Medical and sanitary report of the native army of Bengal for the year
Year: 1874
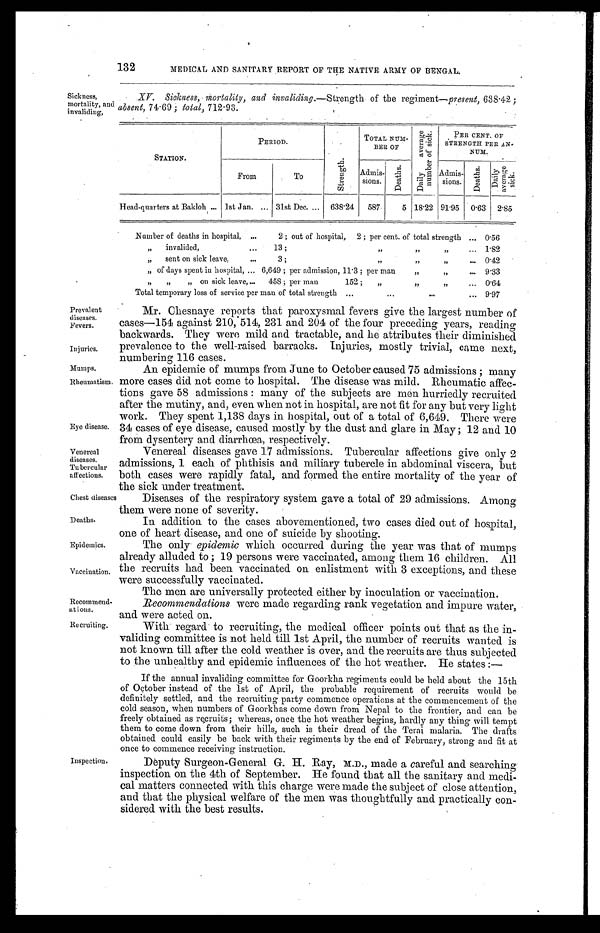
Prevalent
diseases.
Fevers.
Injuries.
Mumps.
Rheumatism.
Chest diseases
Deaths.
Epidemics.
Vaccination.
Recommend-
ations.
132
MEDICAL AND SANITARY REPORT OF THE NATIVE ARMY OF BENGAL.
Sickness,
mortality, and
invaliding,
XV. Sickness, mortality, and invaliding.— Strength of the regiment —present, 638.42;
absent, 74.69; total, 712.93.
STATION.
PERIOD.
S t r e n g t h .
TOTAL NUM-
BER OF
D a i l y a v e r a g e n u m b e r o f s i c k .
PER CENT OF
STRENGTH PER AN-
NUM.
From
To
Admis
-sions.
D e a t h s .
Admis-
sions.
D e a t h s .
D a i l y a v e r a g e s i c k .
Head-quarters at Bakloh . . . 1st Jan. . . . 31st Dec. . . . 638.24
587
5 18.22 91.95
0.63
2.85
Number of deaths in hospital, ... 2 ; out of hospital, 2 ; per cent. of total strength . . . 0.56
" invalided, . . . 13; " " " . . . 1.82
" sent on sick leave, . . . 3; " " " . . . 0.42
" of days spent in hospital, . . . 6,649; per admission, 11.3; per man " " . . . 9.33
" " " on sick leave . . . 458; per man 152; " " " . . . 0.64
Total temporary loss of service per man of total strength . . .
9.97
Eye disease.
Mr. Chesnaye reports that paroxysmal fevers give the largest number of
cases—154 against 210, 514, 231 and 204 of the four
preceding years, reading
backwards. They were mild and tractable, and he attributes their diminished
prevalence to the well-raised barracks. Injuries, mostly trivial, came next,
numbering 116 cases.
An epidemic of mumps from June to October caused 75 admissions; many
more cases did not come to hospital. The disease was mild. Rheumatic affec
-
tions gave 58 admissions: many of the subjects are men hurriedly recruited
after the mutiny, and, even when not in hospital, are not fit for any but very light
work. They spent 1,138 days in hospital, out of a total of 6,649. There were
34 cases of eye disease, caused mostly by the dust and glare in May; 12 and 10
from dysentery and diarrhœa, respectively.
Venereal
diseases.
Tubercular
affections.
Venereal diseases gave 17 admissions. Tubercular affections give only 2
admissions, 1 each of phthisis and miliary tubercle in abdominal viscera, but
both cases were rapidly fatal, and formed the entire mortality of the year of
the sick under treatment.
Diseases of the respiratory system gave a total of 29 admissions. Among
them were none of severity.
In addition to the cases abovementioned, two cases died out of hospital,
one of heart disease, and one of suicide by shooting.
The only epidemic which occurred during the year was that of mumps
already alluded to; 19 persons were vaccinated, among them 16 children. All
the recruits had been vaccinated on enlistment with 3 exceptions, and these
were successfully vaccinated.
The men are universally protected either by inoculation or vaccination.
Recommendations were made regarding rank vegetation and impure water,
and were acted on.
Recruiting.
Inspection.
With regard to recruiting, the medical officer points out that as the in
-
validing committee is not held till 1st April, the number of recruits wanted is
not known till after the cold weather is over, and the recruits are thus subjected
to the unhealthy and epidemic influences of the hot weather. He states:—
If the annual invaliding committee for Goorkha regiments could be held about the 15th
of October instead of the 1st of April, the probable requirement of recruits would be
definitely settled, and the recruiting party commence operations at the commencement of the
cold season, when numbers of Goorkhas come down from Nepal to the frontier, and can be
freely obtained as recruits; whereas, once the hot weather begins, hardly any thing will tempt
them to come down from their hills, such is their dread of the Terai malaria. The drafts
obtained could easily be back with their regiments by the end of February, strong and fit at
once to commence receiving instruction.
Deputy Surgeon-General G. H. Ray, M.D., made a careful and searching
inspection on the 4th of September. He found that all the sanitary and medi
-
cal matters connected with this charge were made the subject of close attention,
and that the physical welfare of the men was thoughtfully and practically con
-
sidered with the best results.